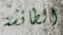
الطائشة